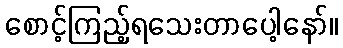
စောင့်ကြည့်ရသေးတာပေါ့နော်။